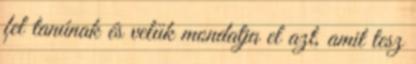
fel tanúnak és velük mondatja el azt, amit tesz